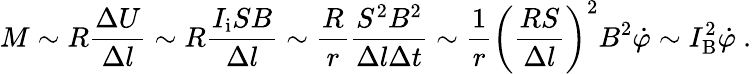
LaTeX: M\sim R\frac{\Delta U}{\Delta l}\sim R\frac{I_{\mathrm{i}}SB}{\Delta l}\sim\frac{R}{r}\frac{S^{2}B^{2}}{\Delta l\Delta t}\sim\frac{1}{r}\bigg(\frac{RS}{\Delta l}\bigg)^{2}B^{2}\dot{\varphi}\sim I_{\mathrm{B}}^{2}\dot{\varphi}~.